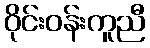
ဝိုင်းဝန်းကူညီ